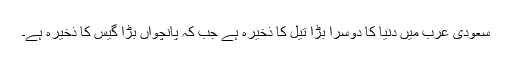
سعودی عرب میں دنیا کا دوسرا بڑا تیل کا ذخیرہ ہے جب کہ پانچواں بڑا گیس کا ذخیرہ ہے۔